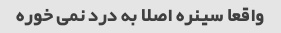
واقعا سینره اصلا به درد نمی خوره